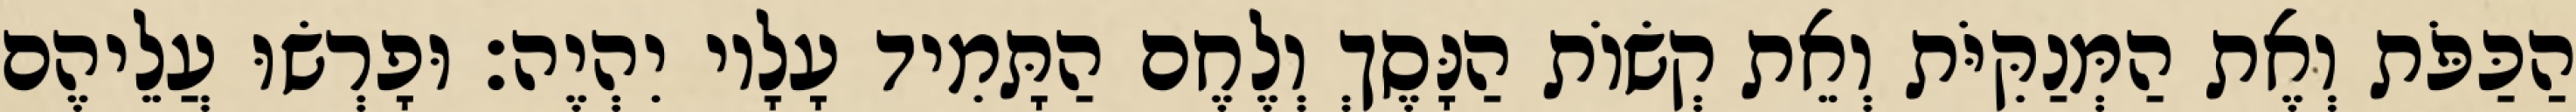
הַכַּפֹּת וְאֶת הַמְּנַקִּיֹּת וְאֵת קְשׂוֹת הַנָּסֶךְ וְלֶחֶם הַתָּמִיד עָלָיו יִהְיֶה׃ וּפָרְשׂוּ עֲלֵיהֶם